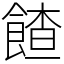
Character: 餷